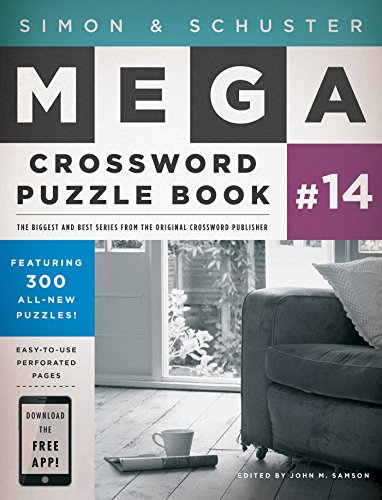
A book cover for Simon & Schuster Mega Crossword Puzzle Book #14; Humor & Entertainment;